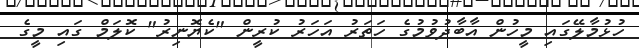
ހުޅުމާލޭގައި މީހުން އާބާދުވުމުގެ ހަތަރު އަހަރު ކުރީން "ކެޔޮނިރު" ކޮލަމް ގައި މީގެ